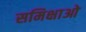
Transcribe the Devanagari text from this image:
समिक्षाओ